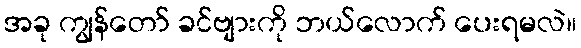
အခု ကျွန်တော် ခင်ဗျားကို ဘယ်လောက် ပေးရမလဲ။